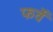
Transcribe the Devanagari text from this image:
फर्वे